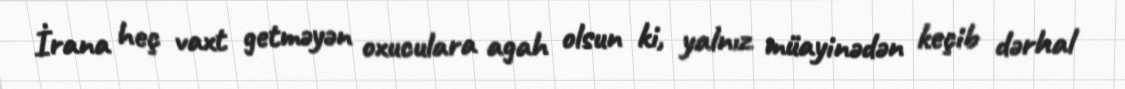
İrana heç vaxt getməyən oxuculara agah olsun ki, yalnız müayinədən keçib dərhal